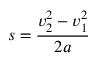
s = { \frac { v _ { 2 } ^ { 2 } - v _ { 1 } ^ { 2 } } { 2 a } }